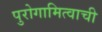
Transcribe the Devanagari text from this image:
पुरोगामित्वाची